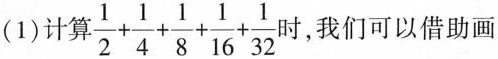
(1)计算 $$\frac{1}{2}+ \frac{1}{4}+ \frac{1}{8}+ \frac{1}{16}+ \frac{1}{32}$$ 时，我们可以借助画